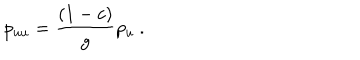
p _ { u u } = { \frac { ( 1 - c ) } { g } } p _ { u } \ .